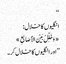
‘‘
انگلیوں کا خلال:
«وَخَلِّلْ بَیْنَ الأَصَابِعِ»
’’اور انگلیوں کا خلال کر۔